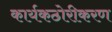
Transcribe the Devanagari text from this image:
कार्यकठोरीकरण